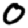
Digit: 0